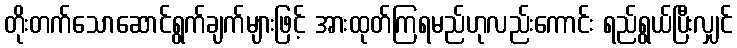
တိုးတက်သောဆောင်ရွက်ချက်များဖြင့် အားထုတ်ကြရမည်ဟုလည်းကောင်း ရည်ရွယ်ပြီးလျှင်